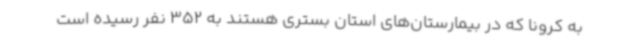
به کرونا که در بیمارستان‌های استان بستری هستند به 352 نفر رسیده است